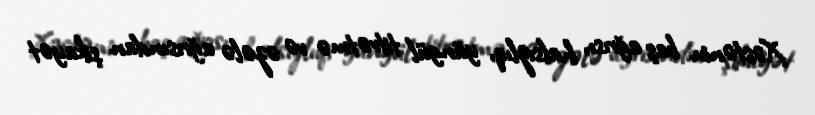
Xəstənin baş ağrısı, halsızlıq, yüngül titrətmə və əzələ ağrısından şikayət